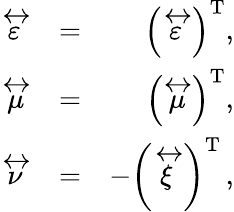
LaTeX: \begin{array}{rlr}{\stackrel{\leftrightarrow}{\varepsilon}}&{=}&{\left(\stackrel{\leftrightarrow}{\varepsilon}\right)^{\mathrm{T}},}\\ {\stackrel{\leftrightarrow}{\mu}}&{=}&{\left(\stackrel{\leftrightarrow}{\mu}\right)^{\mathrm{T}},}\\ {\stackrel{\leftrightarrow}{\nu}}&{=}&{-\left(\stackrel{\leftrightarrow}{\xi}\right)^{\mathrm{T}}\, ,}\end{array}